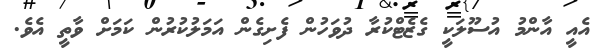
އެއީ އާންމު އުސޫލަކީ ގެޒެޓްކުރާ ދުވަހުން ފެށިގެން އަމަލުކުރުން ކަމަށް ވާތީ އެވެ.